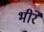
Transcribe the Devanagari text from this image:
भीरे